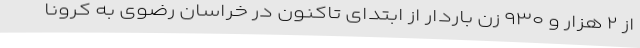
از ۲ هزار و ۹۳۰ زن باردار از ابتدای تاکنون در خراسان رضوی به کرونا